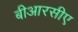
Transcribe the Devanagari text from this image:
बीआरसीए